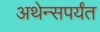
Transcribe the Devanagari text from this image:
अथेन्सपर्यंत